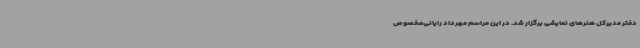
دفتر مدیرکل هنرهای نمایشی برگزار شد. در این مراسم مهرداد رایانی‌مخصوص